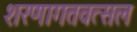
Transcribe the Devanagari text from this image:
शरणागतवत्सल